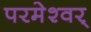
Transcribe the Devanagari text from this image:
परमेश्वर्